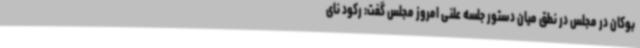
بوکان در مجلس در نطق میان دستور جلسه علنی امروز مجلس گفت: رکود نای